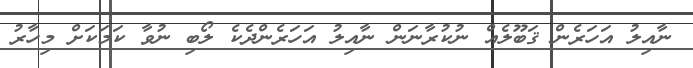
ނާއިލު އަހަރެން ޤަބޫލެއް ނުކުރާނަން ނާއިލު އަހަރެންދެކެ ލޯބި ނުވާ ކަމަކަށް މިހާރު